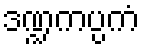
ဒဏ္ဍကပ္ပကံ